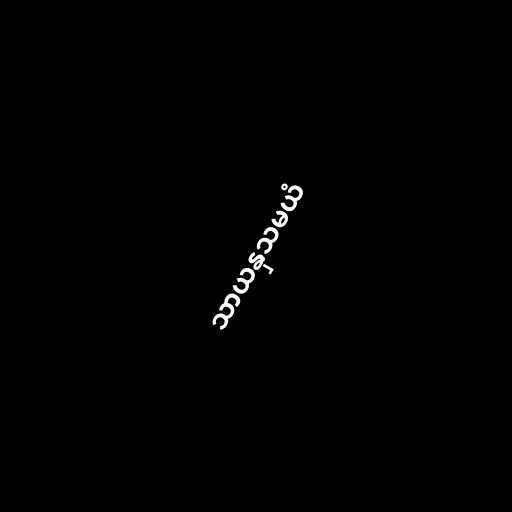
သာယနှသမယံ